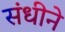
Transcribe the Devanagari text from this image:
संधीने